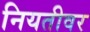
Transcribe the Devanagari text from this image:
नियतीवर